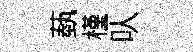
蓺槿㕥